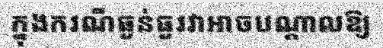
ក្នុងករណីធ្ងន់ធ្ងរវាអាចបណ្តាលឱ្យ